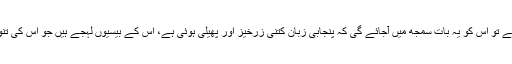
اگر کوئی پنجابی زبان کا کلاسیکل لٹریچر پڑہے تو اس کو یہ بات سمجھ میں آجائے گی کہ پنجابی زبان کتنی زرخیز اور پھیلی ہوئی ہے، اس کے بیسیوں لہجے ہیں جو اس کی تنوع اور خوبصورتی میں اور اضافہ کرتے ہیں۔